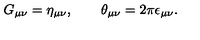
G _ { \mu \nu } = \eta _ { \mu \nu } , \qquad \theta _ { \mu \nu } = 2 \pi \epsilon _ { \mu \nu } .